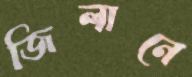
জিলানে